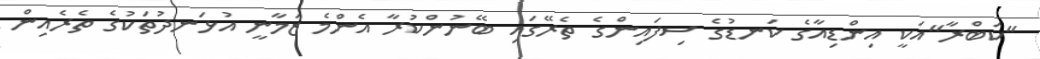
"ކަބްރާ"އަކީ އިންޑިއާގެ ކަނޑުގެ ސިފައިންގެ ތެރޭގައި ބޭނުންކުރާ އެންމެ ޒަމާނީ އުޅަނދުތަކުގެ ތެރެއިން